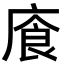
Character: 𫷸